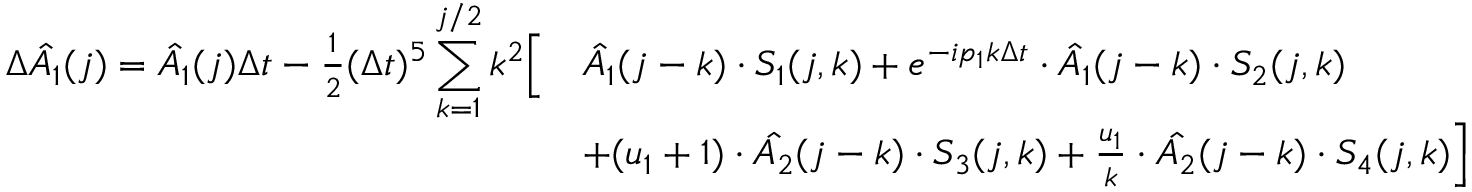
\begin{array} { r l } { \Delta \hat { A _ { 1 } } ( j ) = \hat { A _ { 1 } } ( j ) \Delta t - \frac { 1 } { 2 } ( \Delta t ) ^ { 5 } \displaystyle \sum _ { k = 1 } ^ { j / 2 } k ^ { 2 } \Bigl [ } & { \hat { A _ { 1 } } ( j - k ) \cdot S _ { 1 } ( j , k ) + e ^ { - i p _ { 1 } k \Delta t } \cdot \hat { A _ { 1 } } ( j - k ) \cdot S _ { 2 } ( j , k ) } \\ & { + ( u _ { 1 } + 1 ) \cdot \hat { A _ { 2 } } ( j - k ) \cdot S _ { 3 } ( j , k ) + \frac { u _ { 1 } } { k } \cdot \hat { A _ { 2 } } ( j - k ) \cdot S _ { 4 } ( j , k ) \Bigr ] } \end{array}